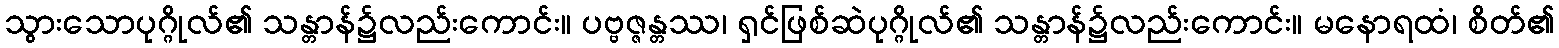
သွားသောပုဂ္ဂိုလ်၏ သန္တာန်၌လည်းကောင်း။ ပဗ္ဗဇ္ဇန္တဿ၊ ရှင်ဖြစ်ဆဲပုဂ္ဂိုလ်၏ သန္တာန်၌လည်းကောင်း။ မနောရထံ၊ စိတ်၏